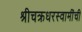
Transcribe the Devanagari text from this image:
श्रीचक्रधरस्वामींची